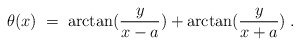
\begin{align*}\theta (x) \;=\; \arctan (\frac{y}{x-a}) + \arctan(\frac{y}{x+a}) \;.\end{align*}